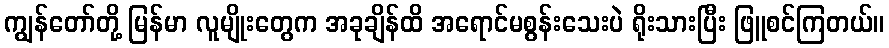
ကျွန်တော်တို့ မြန်မာ လူမျိုးတွေက အခုချိန်ထိ အရောင်မစွန်းသေးပဲ ရိုးသားပြီး ဖြူစင်ကြတယ်။